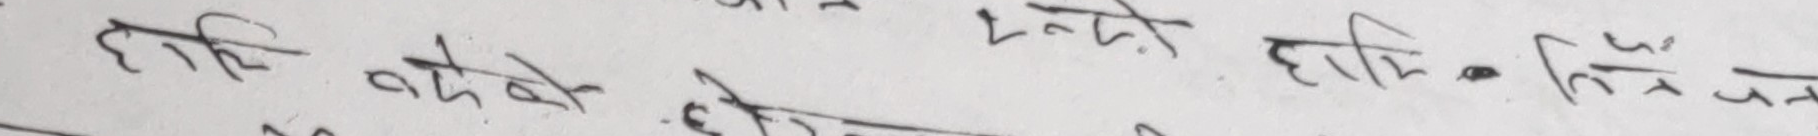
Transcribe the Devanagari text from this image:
हाली बढेको हाली लिसितेन